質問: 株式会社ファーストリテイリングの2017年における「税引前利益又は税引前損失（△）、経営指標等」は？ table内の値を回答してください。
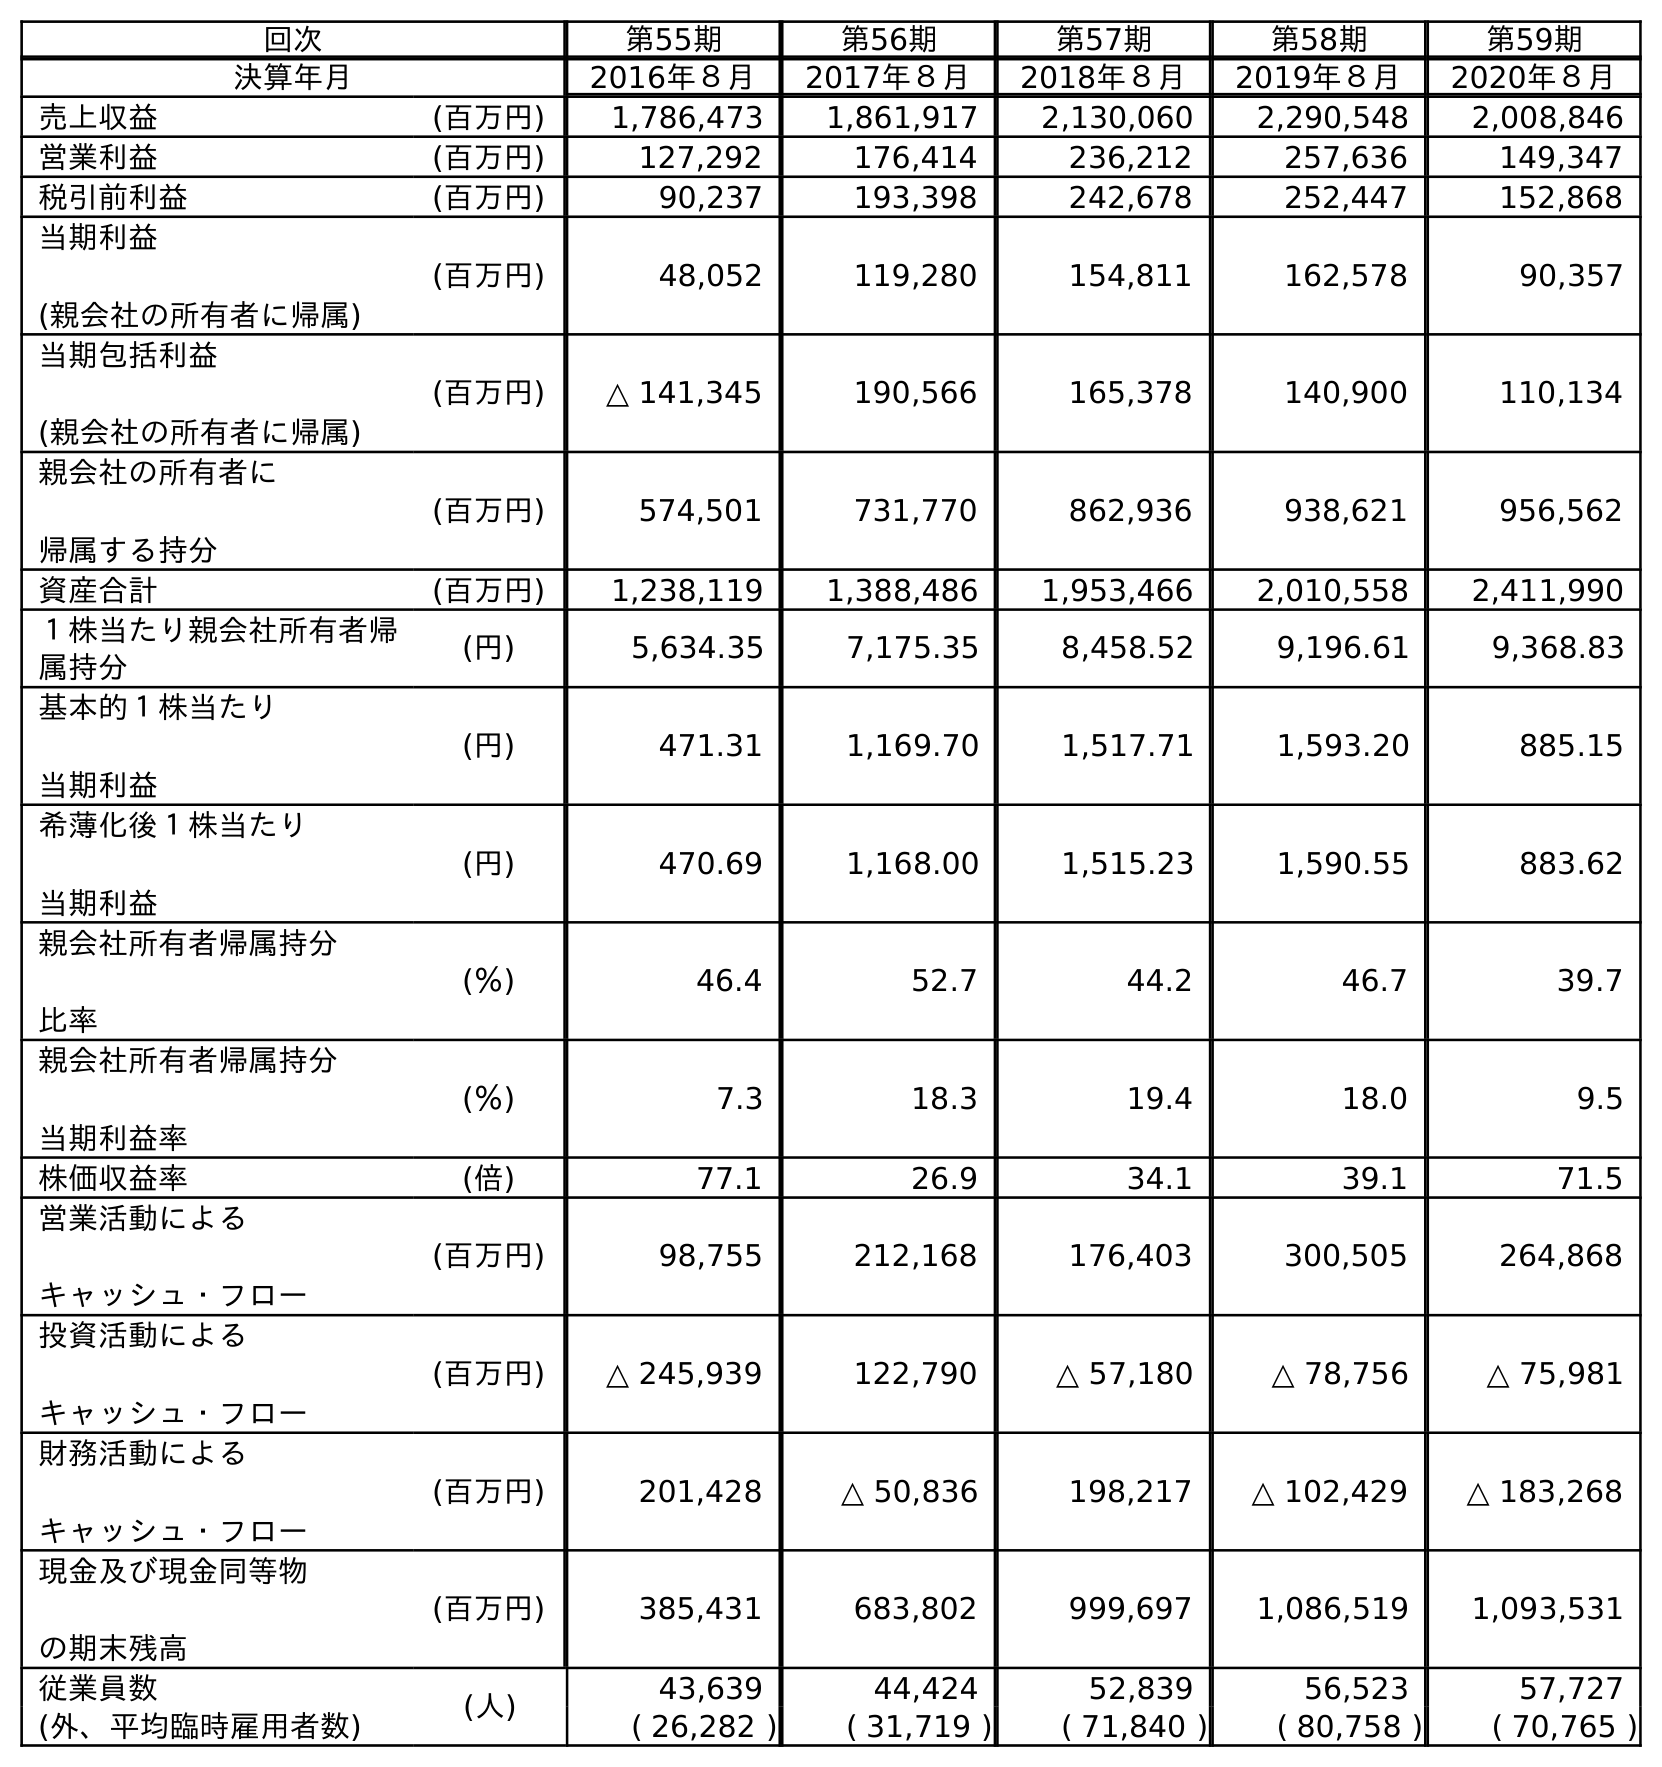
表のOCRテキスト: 回次 第55期 第56期 第57期 第58期 第59期 決算年月 2016年８月 2017年８月 2018年８月 2019年８月 2020年８月 売上収益 (百万円) 1,786,473 1,861,917 2,130,060 2,290,548 2,008,846 営業利益 (百万円) 127,292 176,414 236,212 257,636 149,347 税引前利益 (百万円) 90,237 193,398 242,678 252,447 152,868 当期利益 (親会社の所有者に帰属) (百万円) 48,052 119,280 154,811 162,578 90,357 当期包括利益 (親会社の所有者に帰属) (百万円) △ 141,345 190,566 165,378 140,900 110,134 親会社の所有者に 帰属する持分 (百万円) 574,501 731,770 862,936 938,621 956,562 資産合計 (百万円) 1,238,119 1,388,486 1,953,466 2,010,558 2,411,990 １株当たり親会社所有者帰 属持分 (円) 5,634.35 7,175.35 8,458.52 9,196.61 9,368.83 基本的１株当たり 当期利益 (円) 471.31 1,169.70 1,517.71 1,593.20 885.15 希薄化後１株当たり 当期利益 (円) 470.69 1,168.00 1,515.23 1,590.55 883.62 親会社所有者帰属持分 比率 (％) 46.4 52.7 44.2 46.7 39.7 親会社所有者帰属持分 当期利益率 (％) 7.3 18.3 19.4 18.0 9.5 株価収益率 (倍) 77.1 26.9 34.1 39.1 71.5 営業活動による キャッシュ・フロー (百万円) 98,755 212,168 176,403 300,505 264,868 投資活動による キャッシュ・フロー (百万円) △ 245,939 122,790 △ 57,180 △ 78,756 △ 75,981 財務活動による キャッシュ・フロー (百万円) 201,428 △ 50,836 198,217 △ 102,429 △ 183,268 現金及び現金同等物 の期末残高 (百万円) 385,431 683,802 999,697 1,086,519 1,093,531 従業員数 (人) 43,639 44,424 52,839 56,523 57,727 (外、平均臨時雇用者数) ( 26,282 ) ( 31,719 ) ( 71,840 ) ( 80,758 ) ( 70,765 )
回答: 193,398